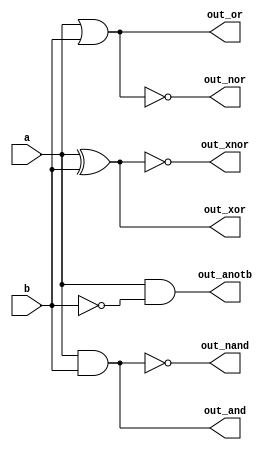
// https://hdlbits.01xz.net/wiki/Gates

module top_module(
    input a, b,
    output out_and,
    output out_or,
    output out_xor,
    output out_nand,
    output out_nor,
    output out_xnor,
    output out_anotb
);

    assign out_and   = a & b;
    assign out_or    = a | b;
    assign out_xor   = a ^ b;
    assign out_nand  = ~out_and;
    assign out_nor   = ~out_or;
    assign out_xnor  = ~out_xor;
    assign out_anotb = a & ~b;
endmodule